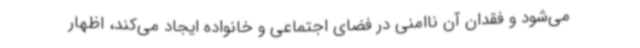
می‌شود و فقدان آن ناامنی در فضای اجتماعی و خانواده ایجاد می‌کند، اظهار